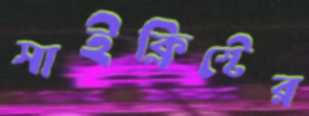
সাইক্লিস্টের